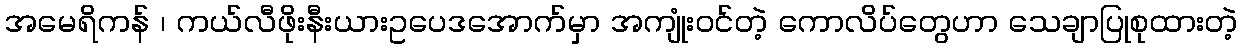
အမေရိကန် ၊ ကယ်လီဖိုးနီးယားဥပေဒအောက်မှာ အကျုံးဝင်တဲ့ ကောလိပ်တွေဟာ သေချာပြုစုထားတဲ့